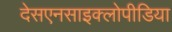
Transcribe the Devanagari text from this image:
देसएनसाइक्लोपीडिया